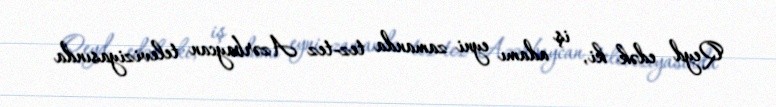
Qeyd edək ki, iş adamı eyni zamanda tez-tez Azərbaycan televiziyasında